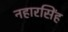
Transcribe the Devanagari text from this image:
नहारसिंह